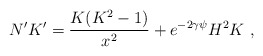
\begin{align*}N'K'=\frac{K(K^2-1)}{x^2}+e^{-2\gamma\psi}H^2 K\ , \end{align*}